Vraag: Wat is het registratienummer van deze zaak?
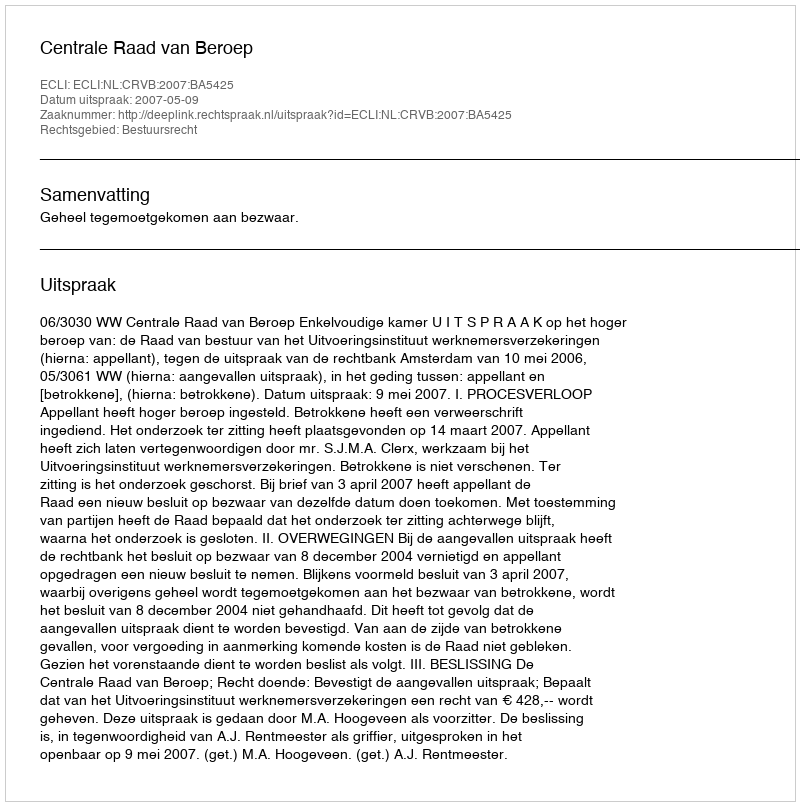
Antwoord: http://deeplink.rechtspraak.nl/uitspraak?id=ECLI:NL:CRVB:2007:BA5425